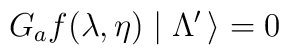
G_a f(\lambda, \eta) \mid \Lambda^\prime \, \rangle = 0